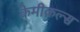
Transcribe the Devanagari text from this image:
केमीक़ल्स